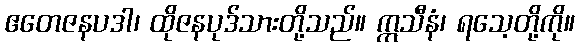
ဧတေဇနပဒါ၊ ထိုဇနပုဒ်သားတို့သည်။ ဣသီနံ၊ ရသေ့တို့ကို။